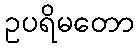
ဥပရိမတော